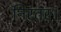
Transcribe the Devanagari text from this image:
निरंतर।